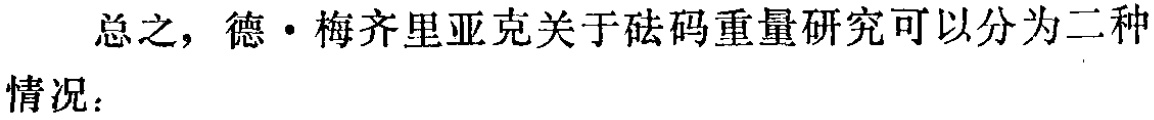
总之，德·梅齐里亚克关于砝码重量研究可以分为二种情况：